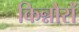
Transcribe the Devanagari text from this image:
किन्नौरों